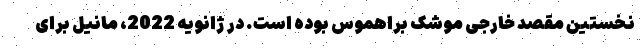
نخستین مقصد خارجی موشک براهموس بوده است. در ژانویه 2022، مانیل برای